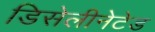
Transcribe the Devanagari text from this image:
डिसेलीनेटेड